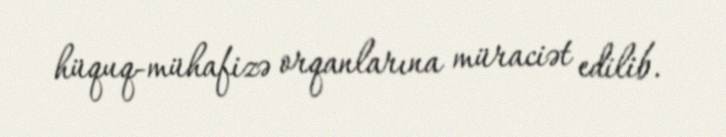
hüquq-mühafizə orqanlarına müraciət edilib.